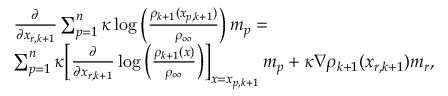
\begin{array} { r l } & { \frac { \partial } { \partial x _ { r , k + 1 } } \sum _ { p = 1 } ^ { n } \kappa \log \Big ( \frac { \rho _ { k + 1 } ( x _ { p , k + 1 } ) } { \rho _ { \infty } } \Big ) \, m _ { p } = } \\ & { \sum _ { p = 1 } ^ { n } \kappa \Big [ \frac { \partial } { \partial x _ { r , k + 1 } } \log \Big ( \frac { \rho _ { k + 1 } ( x ) } { \rho _ { \infty } } \Big ) \Big ] _ { x = x _ { p , k + 1 } } \, m _ { p } + \kappa \nabla \rho _ { k + 1 } ( x _ { r , k + 1 } ) m _ { r } , } \end{array}